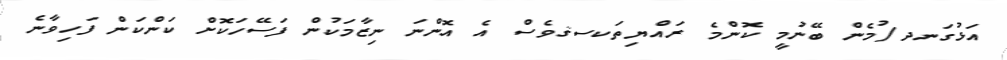
އަޅުގަނދ/ުމެން ބޭނުމީ ކޮންމެ ރައްޔިތަކސޤވެސް އެ އޮންނަ ނިޒާމަކުން ފަސޭހަކޮށް ކަންކަން ފަހިވާނެ